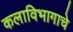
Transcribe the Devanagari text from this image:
कलाविभागाचे